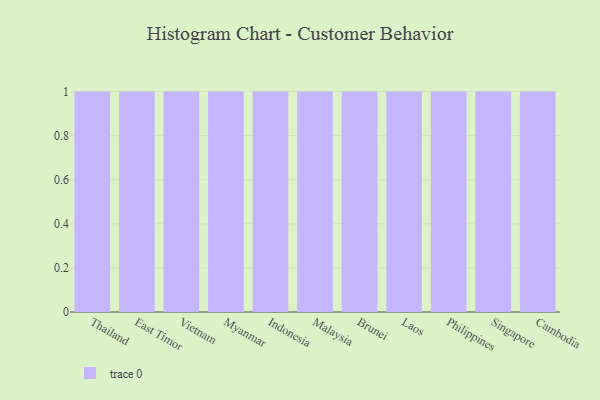
{"axis": {"x": "Country", "y": "Temperature (°C)"}, "legend": [""], "data": [{"x": "Thailand", "y": 55, "type": ""}, {"x": "East Timor", "y": 74, "type": ""}, {"x": "Vietnam", "y": 13, "type": ""}, {"x": "Myanmar", "y": 9, "type": ""}, {"x": "Indonesia", "y": 65, "type": ""}, {"x": "Malaysia", "y": 19, "type": ""}, {"x": "Brunei", "y": 11, "type": ""}, {"x": "Laos", "y": 80, "type": ""}, {"x": "Philippines", "y": 21, "type": ""}, {"x": "Singapore", "y": 52, "type": ""}, {"x": "Cambodia", "y": 8, "type": ""}]}